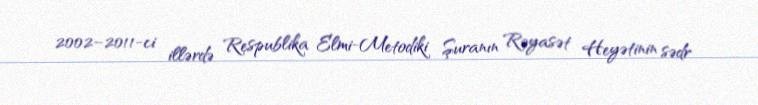
2002–2011-ci illərdə Respublika Elmi-Metodiki Şuranın Rəyasət Heyətinin sədr